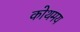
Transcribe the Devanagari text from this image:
कोथमय